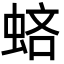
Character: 𧋻